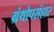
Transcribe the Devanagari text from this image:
ग्रंथोपसंहार